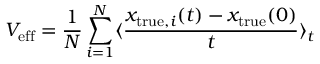
V _ { \mathrm { e f f } } = \frac { 1 } { N } \sum _ { i = 1 } ^ { N } \langle \frac { x _ { \mathrm { t r u e } , i } ( t ) - x _ { \mathrm { t r u e } } ( 0 ) } { t } \rangle _ { t }